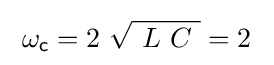
\;\omega _{\mathsf {c}}=2\ {\sqrt {\ L\ C\ }}=2~